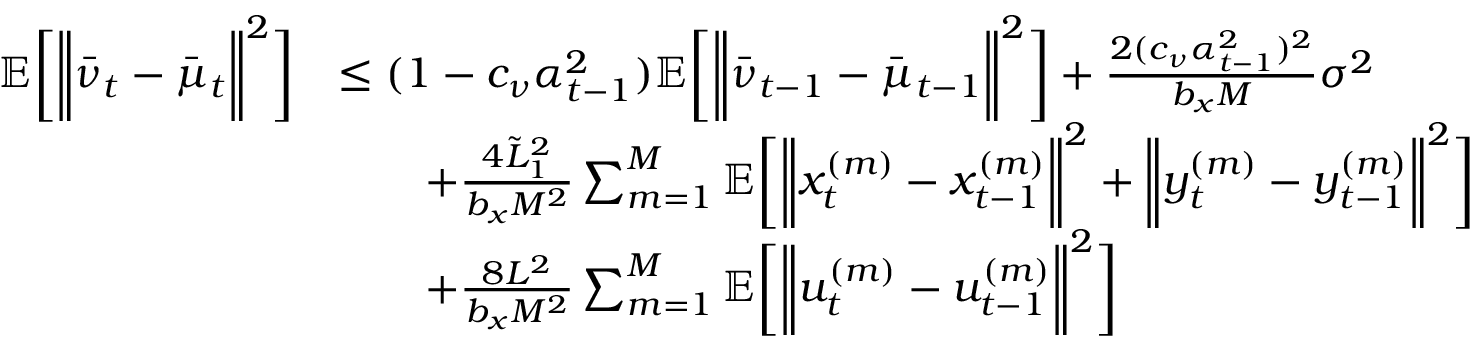
\begin{array} { r l } { \mathbb { E } \bigg [ \bigg \| \bar { \nu } _ { t } - \bar { \mu } _ { t } \bigg \| ^ { 2 } \bigg ] } & { \leq ( 1 - c _ { \nu } \alpha _ { t - 1 } ^ { 2 } ) \mathbb { E } \bigg [ \bigg \| \bar { \nu } _ { t - 1 } - \bar { \mu } _ { t - 1 } \bigg \| ^ { 2 } \bigg ] + \frac { 2 ( c _ { \nu } \alpha _ { t - 1 } ^ { 2 } ) ^ { 2 } } { b _ { x } M } \sigma ^ { 2 } } \\ & { \qquad + \frac { 4 \tilde { L } _ { 1 } ^ { 2 } } { b _ { x } M ^ { 2 } } \sum _ { m = 1 } ^ { M } \mathbb { E } \bigg [ \bigg \| x _ { t } ^ { ( m ) } - x _ { t - 1 } ^ { ( m ) } \bigg \| ^ { 2 } + \bigg \| y _ { t } ^ { ( m ) } - y _ { t - 1 } ^ { ( m ) } \bigg \| ^ { 2 } \bigg ] } \\ & { \qquad + \frac { 8 L ^ { 2 } } { b _ { x } M ^ { 2 } } \sum _ { m = 1 } ^ { M } \mathbb { E } \bigg [ \bigg \| u _ { t } ^ { ( m ) } - u _ { t - 1 } ^ { ( m ) } \bigg \| ^ { 2 } \bigg ] } \end{array}